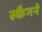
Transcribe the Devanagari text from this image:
स्कैगने